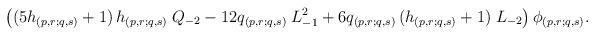
LaTeX: \begin{align*}\left( (5 h_{(p,r;q,s)} +1)\, h_{(p,r;q,s)}\; Q_{-2} - 12q_{(p,r;q,s)}\; L_{-1}^{2} + 6 q_{(p,r;q,s)}\,(h_{(p,r;q,s)} +1)\; L_{-2} \right) \phi_{(p,r;q,s)}.\end{align*}